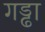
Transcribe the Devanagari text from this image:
गड्ढा़